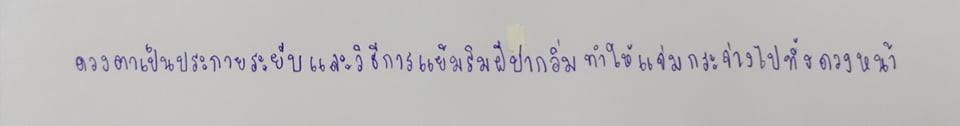
ดวงตาเป็นประกายระยับและวิธีการแย้มริมฝีปากอิ่มทำให้แจ่มกระจ่างไปทั้งดวงหน้า